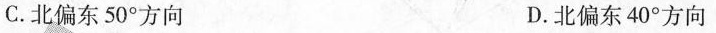
C.北偏东50°方向 D.北偏东40°方向